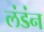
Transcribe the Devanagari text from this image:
लंडंन